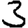
Digit: 3